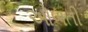
ઓળતી